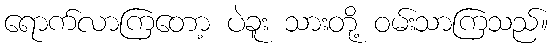
ရောက်လာကြတော့ ပဲခူး သားတို့ ဝမ်းသာကြသည်။